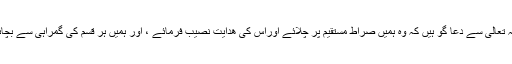
ہم اللہ تعالی سے دعا گو ہیں کہ وہ ہمیں صراط مستقیم پر چلائے اوراس کی ھدایت نصیب فرمائے ، اور ہمیں ہر قسم کی گمراہی سے بچائے ۔